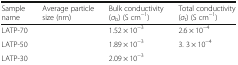
<table><thead><tr><td><b>Sample name</b></td><td><b>Average particle size (nm)</b></td><td><b>Bulk conductivity (<i>σ</i><sub>b</sub>) (S cm<sup>−1</sup>)</b></td><td><b>Total conductivity (<i>σ</i><sub>t</sub>) (S cm<sup>−1</sup>)</b></td></tr></thead><tbody><tr><td>LATP-70</td><td>[EMPTY_CELL]</td><td>1.52 × 10<sup>−3</sup></td><td>2.6 × 10<sup>−4</sup></td></tr><tr><td>LATP-50</td><td>[EMPTY_CELL]</td><td>1.89 × 10<sup>−3</sup></td><td>3. 3 × 10<sup>−4</sup></td></tr><tr><td>LATP-30</td><td>[EMPTY_CELL]</td><td>2.09 × 10<sup>−3</sup></td><td>[EMPTY_CELL]</td></tr></tbody></table>